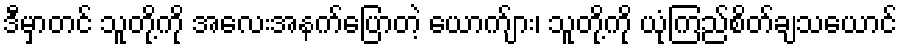
ဒီမှာတင် သူတို့ကို အလေးအနက်ပြောတဲ့ ယောက်ျား၊ သူတို့ကို ယုံကြည်စိတ်ချသယောင်